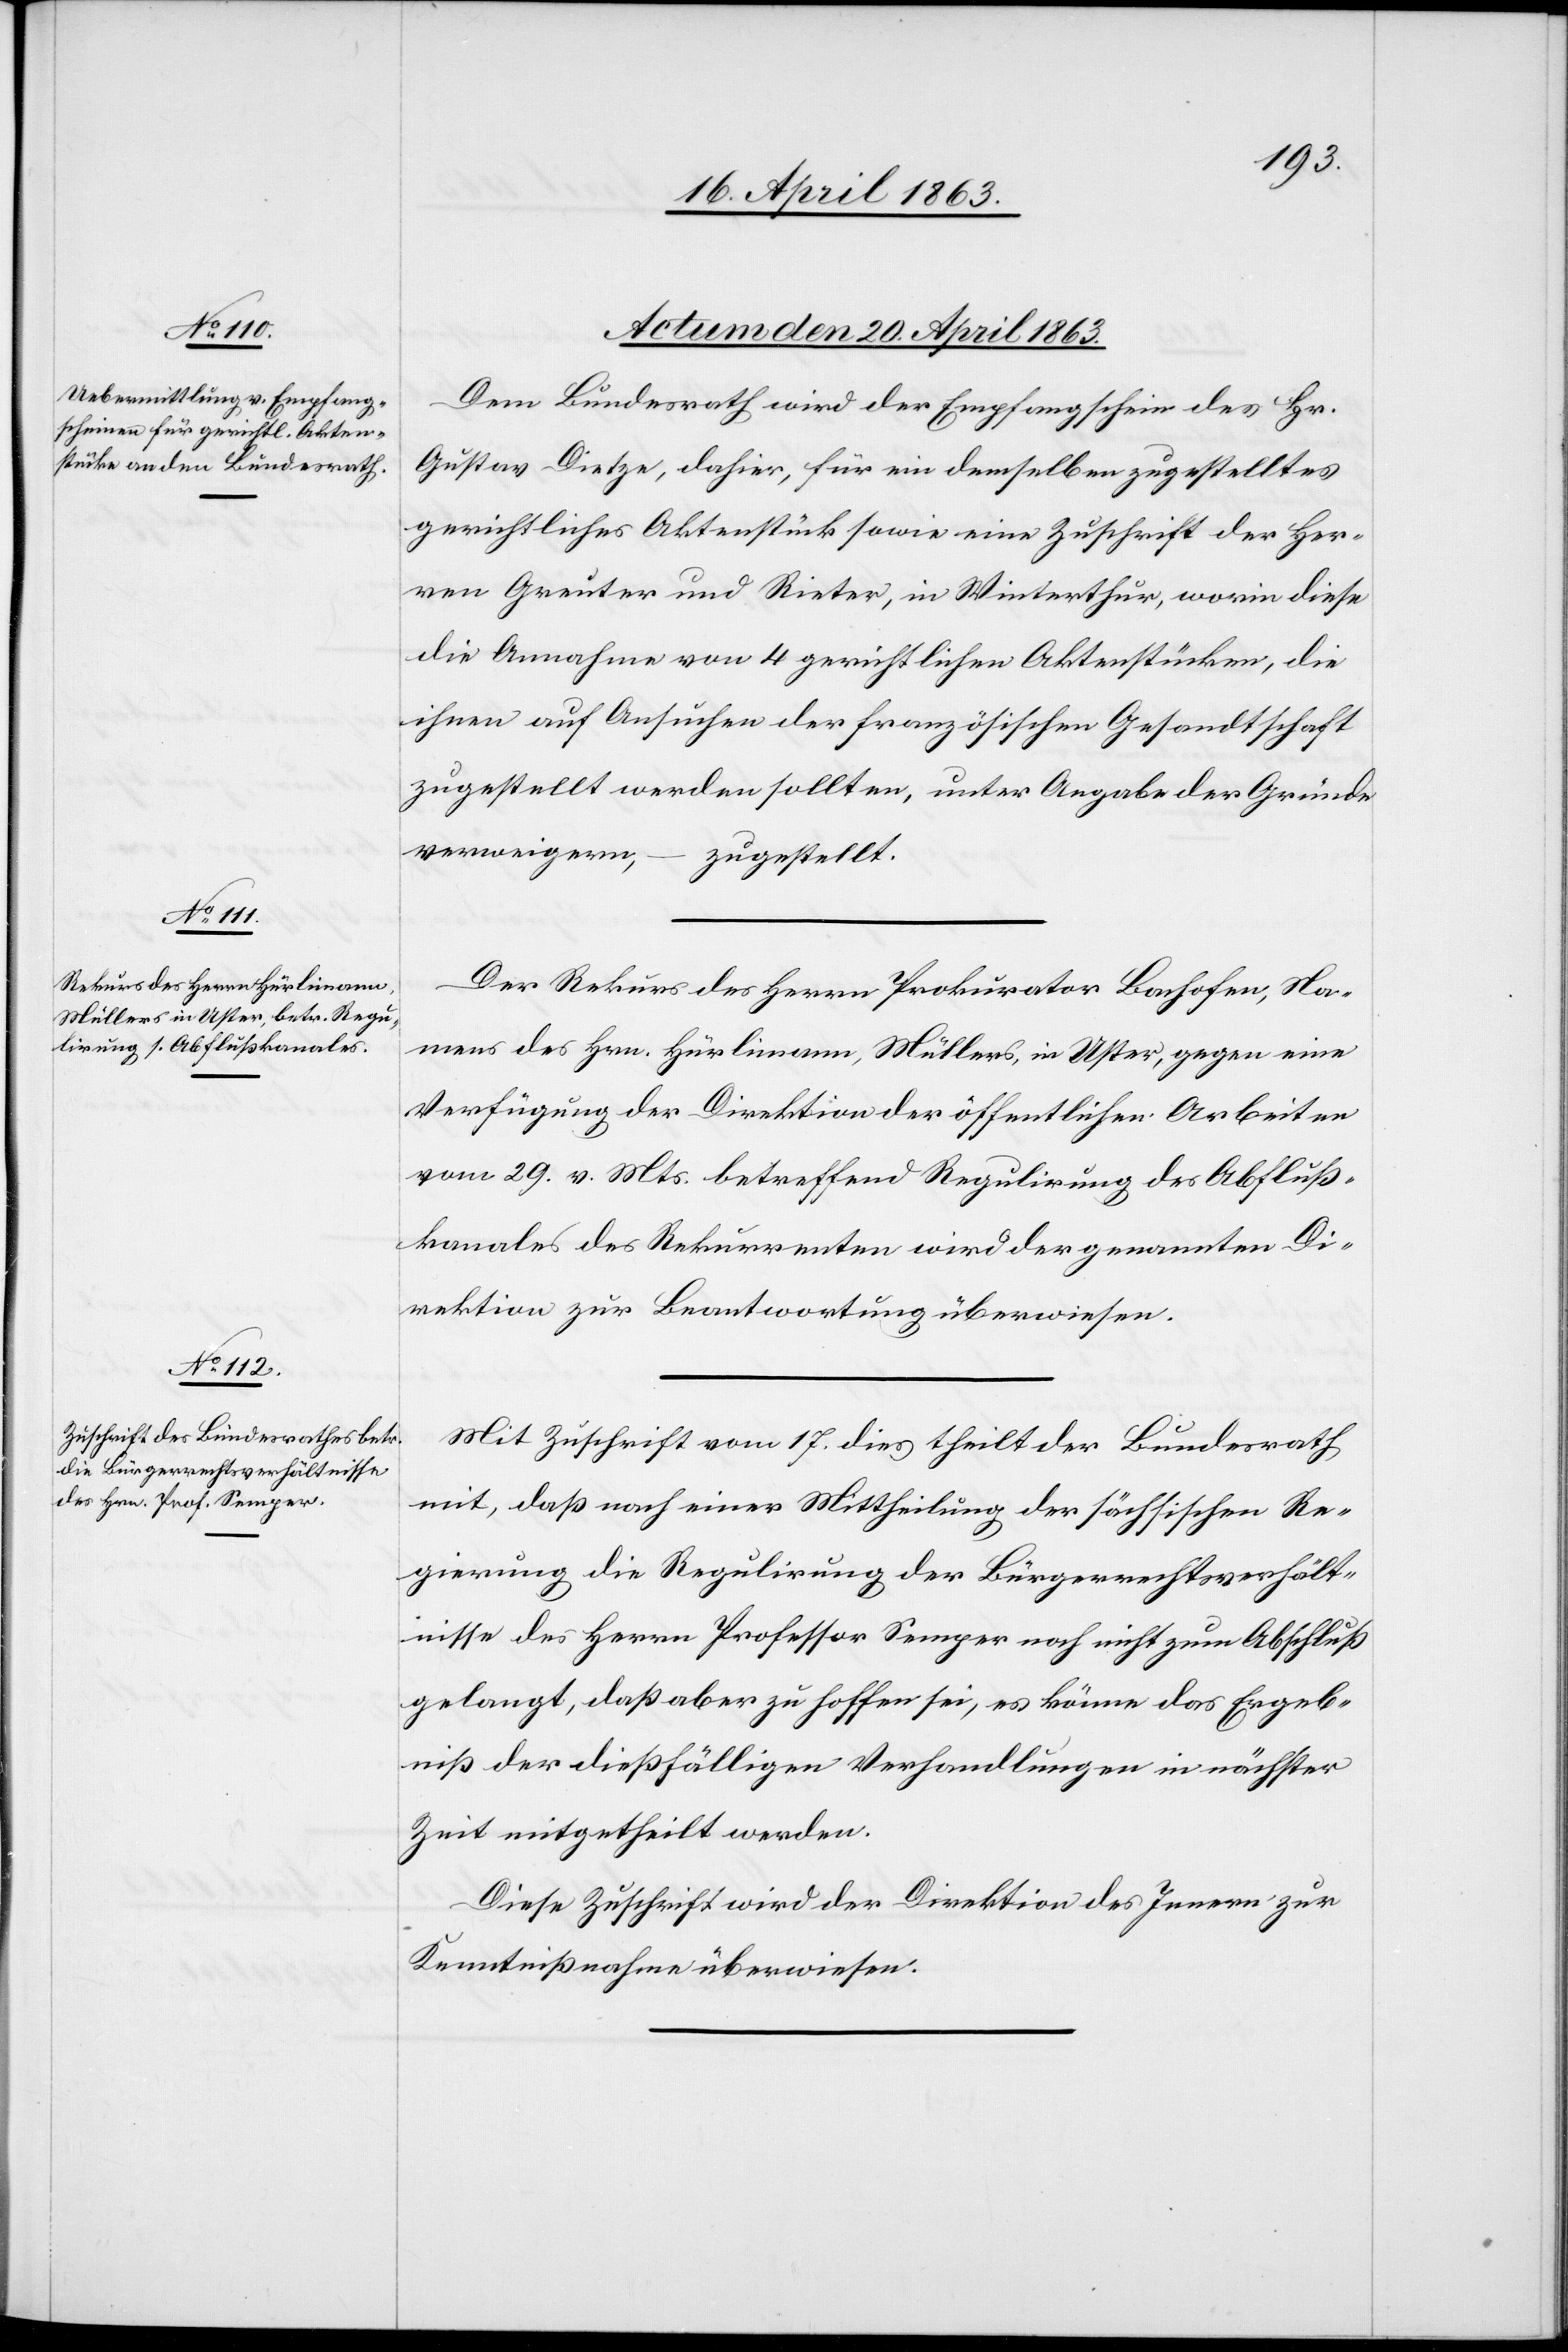
Actum den 20. April 1863.]
Dem Bundesrath wird der Empfangschein des Hr.
Gustav Dietze, dahier, für ein demselben zugestelltes
gerichtliches Aktenstück sowie eine Zuschrift der Her¬
ren Greuter und Rieter, in Winterthur, worin diese
die Annahme von 4 gerichtlichen Aktenstücken, die
ihnen auf Ansuchen der französischen Gesandtschaft
zugestellt werden sollten, unter Angabe der Gründe
verweigern, – zugestellt.
Der Rekurs des Herrn Prokurator Bachofen, na¬
mens des Hrn. Hürlimann, Müllers, in Uster, gegen eine
Verfügung der Direktion der öffentlichen Arbeiten
vom 29. v. Mts. betreffend Regulirung des Abfluß¬
kanales des Rekurrenten wird der genannten Di¬
rektion zur Beantwortung überwiesen.
Mit Zuschrift vom 17. dies theilt der Bundesrath
mit, daß nach einer Mittheilung der sächsischen Re¬
gierung die Regulirung der Bürgerrechtsverhält¬
nisse des Herrn Professor Semper noch nicht zum Abschluß
gelangt, daß aber zu hoffen sei, es könne das Ergeb¬
niß der dießfälligen Verhandlungen in nächster
Zeit mitgetheilt werden.
Diese Zuschrift wird der Direktion des Innern zur
Kenntnißnahme überwiesen.